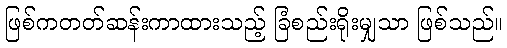
ဖြစ်ကတတ်ဆန်းကာထားသည့် ခြံစည်းရိုးမျှသာ ဖြစ်သည်။